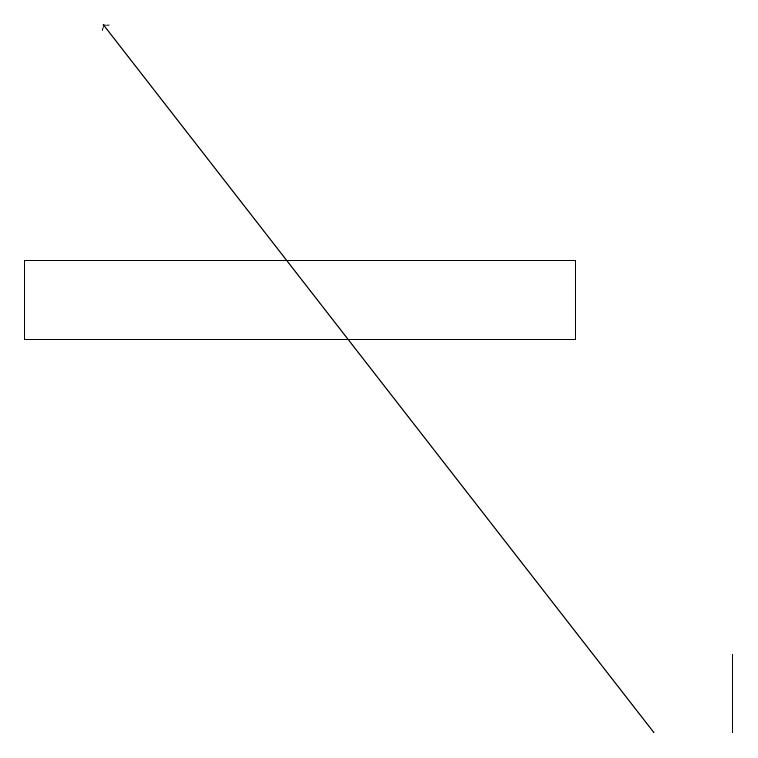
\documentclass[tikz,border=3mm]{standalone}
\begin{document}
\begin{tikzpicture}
\draw (7,15) rectangle (0,16);
\draw (9,10) rectangle (9,11);
\draw[->] (8,10) -- (1,19);
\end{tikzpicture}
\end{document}